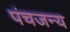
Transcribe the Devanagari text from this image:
पंचजन्य